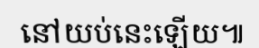
នៅយប់នេះឡើយ៕